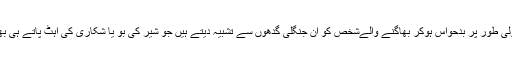
اس لیے اہلِ عرب غیر معمولی طور پر بدحواس ہوکر بھاگنے والےشخص کو ان جنگلی گدھوں سے تشبیہ دیتے ہیں جو شیر کی بُو یا شکاری کی آہٹ پاتے ہی بھاگ پڑے ہوں (تفہیم القرآن)۔